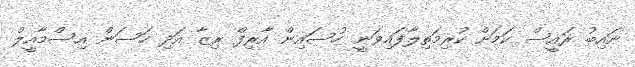
ނައިބު ރައީސް ކަމަށް ކުރިމަތިލާފައިވަނީ ހުސައިން އާރިފް ރިޒާ އަދި ހަސަން އިސްމާއީލް